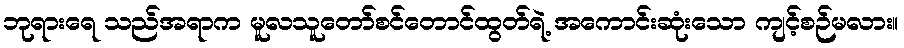
ဘုရားရေ သည်အရာက မူလသူတော်စင်တောင်ထွတ်ရဲ့ အကောင်းဆုံးသော ကျင့်စဉ်မလား။